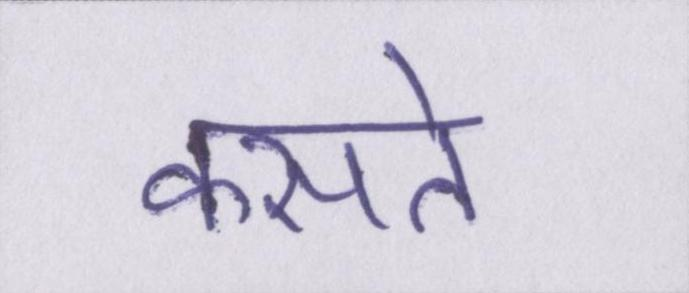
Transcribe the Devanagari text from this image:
कसते